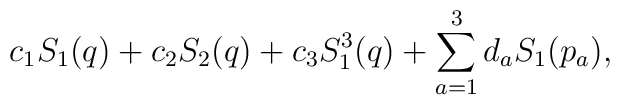
c_1 S_1(q) + c_2 S_2(q) + c_3 S_1^3(q)+ \sum_{a=1}^3 d_a S_1(p_a),